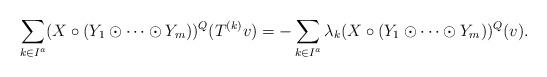
LaTeX: \begin{align*}& \sum_{k \in I^a} (X \circ (Y_1 \odot \cdots \odot Y_m))^Q(T^{(k)}v)=-\sum_{k \in I^a} \lambda_k(X \circ (Y_1 \odot \cdots \odot Y_m))^Q(v). \end{align*}